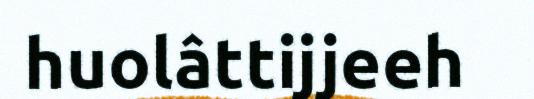
huolâttijjeeh